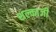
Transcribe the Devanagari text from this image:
शल्काजी